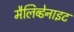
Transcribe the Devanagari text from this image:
मैलिब्डेनाइट